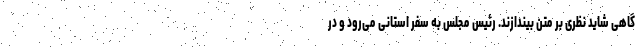
گاهی شاید نظری بر متن بیندازند. رئیس مجلس به سفر استانی می‌رود و در